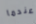
عندما